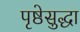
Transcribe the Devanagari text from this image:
पृष्ठेसुद्धा